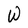
Character: W